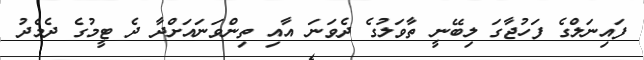
ފައިނަލްގެ ފަހުޖާގަ ލިބޭނީ ތާވަލުގެ ދެވަނަ އާއި ތިންވަނައަށްދާ ދެ ޓީމުގެ ދެމެދު